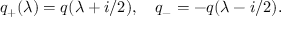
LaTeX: q _ { + } ( \lambda ) = q ( \lambda + i / 2 ) , \quad q _ { - } = - q ( \lambda - i / 2 ) .